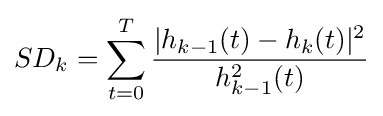
SD_{k}=\sum _{t=0}^{T}{\frac {|h_{k-1}(t)-h_{k}(t)|^{2}}{h_{k-1}^{2}(t)}}